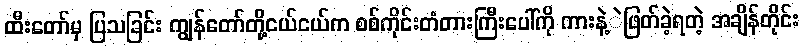
ထီးတော်မှ ပြသခြင်း ကျွန်တော်တို့ငယ်ငယ်က စစ်ကိုင်းတံတားကြီးပေါ်ကို ကားနဲ့ဲဖြတ်ခဲ့ရတဲ့ အချိန်တိုင်း